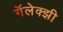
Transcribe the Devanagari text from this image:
गॅलेक्झी